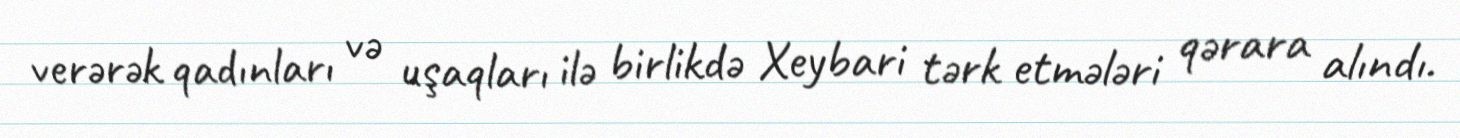
verərək qadınları və uşaqları ilə birlikdə Xeybari tərk etmələri qərara alındı.